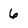
Character: 6